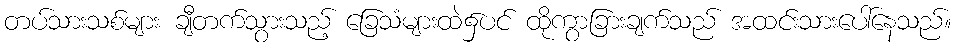
တပ်သားသစ်များ ချီတက်သွားသည့် ခြေသံများထဲ၌ပင် ထိုကွာခြားချက်သည် အထင်းသားပေါ်နေသည်။